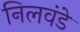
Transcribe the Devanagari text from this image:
निलवंडे